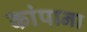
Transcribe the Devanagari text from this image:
कांपाना